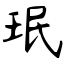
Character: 珉